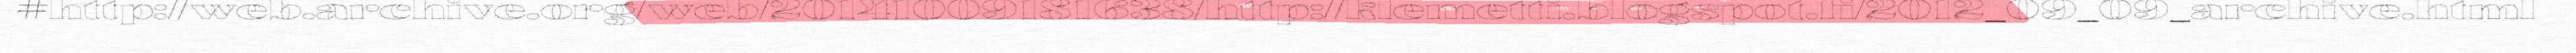
#http://web.archive.org/web/20141009181638/http://klemetti.blogspot.fi/2012_09_09_archive.html